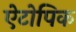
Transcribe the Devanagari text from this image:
ऐटोपिक